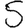
Digit: 5